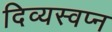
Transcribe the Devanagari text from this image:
दिव्यस्वप्न